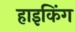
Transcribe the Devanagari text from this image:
हाइकिंग